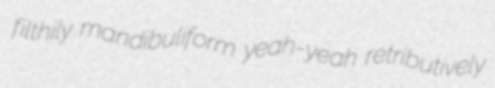
filthily mandibuliform yeah-yeah retributively